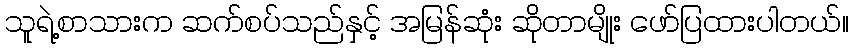
သူရဲ့စာသားက ဆက်စပ်သည်နှင့် အမြန်ဆုံး ဆိုတာမျိုး ဖော်ပြထားပါတယ်။